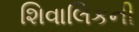
શિવાલિકની